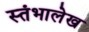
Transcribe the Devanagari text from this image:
स्‍तंभालेख